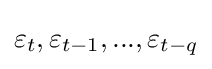
\varepsilon _{t},\varepsilon _{t-1},...,\varepsilon _{t-q}